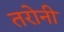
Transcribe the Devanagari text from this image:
तरोनी